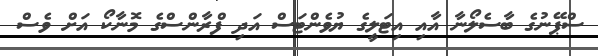
ސްޕޭނުގެ ބާސެލޯނާ އާއި އިޓަލީގެ ޔުވެންޓަސް އަދި ފްރާންސްގެ މޮނާކޯ އަށް ވެސް